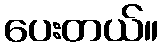
ပေးတယ်။